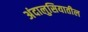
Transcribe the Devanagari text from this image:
अंदालुसियातील